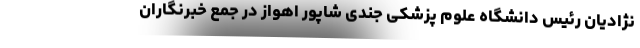
نژادیان رئیس دانشگاه علوم پزشکی جندی شاپور اهواز در جمع خبرنگاران